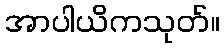
အာပါယိကသုတ်။